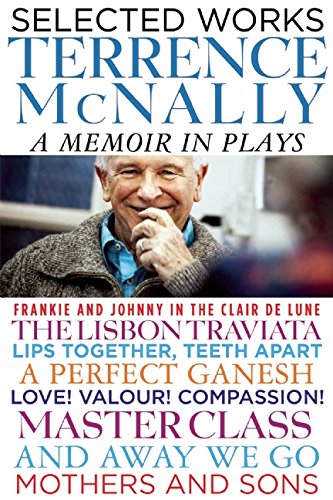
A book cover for Selected Works: A Memoir in Plays; Terrence McNally; Literature & Fiction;